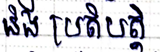
និង ប្រតិបត្តិ